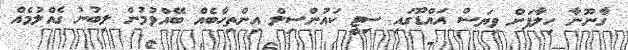
ގާނޫނާ ހިލާފަށް ވިޔަސް އައްޑޫގައި ސިޓީ ކައުންސިލް އިންތިހާބެއް ބޭއްވުމުން ލިބުނު ގެއްލުމެއް